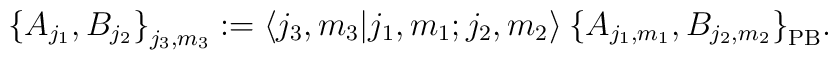
\big\{ A_{j_1},B_{j_2} \big\}_{j_3,m_3}  :=    \langle j_3,m_3 | j_1,m_1;j_2,m_2 \rangle  \:    \big\{ A_{j_1,m_1} , B_{j_2,m_2} \big\}_{\rm PB} .